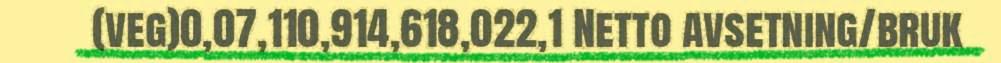
(veg)0,07,110,914,618,022,1 Netto avsetning/bruk